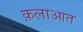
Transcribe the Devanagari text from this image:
क़लाआत